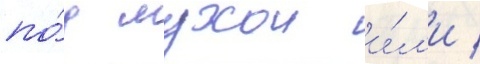
по́д мухои и́л'и /